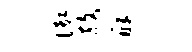
御赦酥